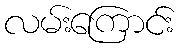
လမ်းကြောင်း